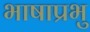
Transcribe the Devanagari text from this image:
भाषाप्रभु